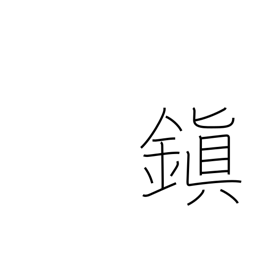
Meaning: ancient peace-preservation centers